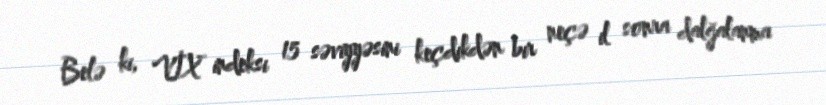
Belə ki, VİX indeksi 15 səviyyəsini keçdikdən bir neçə il sonra dalğalanma